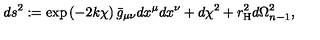
d s ^ { 2 } : = \exp \left( - 2 k \chi \right) \bar { g } _ { \mu \nu } d x ^ { \mu } d x ^ { \nu } + d \chi ^ { 2 } + r _ { \mathrm { H } } ^ { 2 } d \Omega _ { n - 1 } ^ { 2 } ,